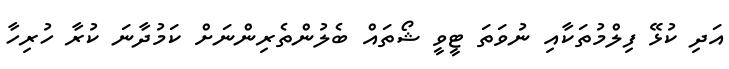
އަދި ކުޅޭ ފިލްމުތަކާއި ނުވަތަ ޓީވީ ޝޯތައް ބެލުންތެރިންނަށް ކަމުދާނަ ކުރާ ހުރިހާ